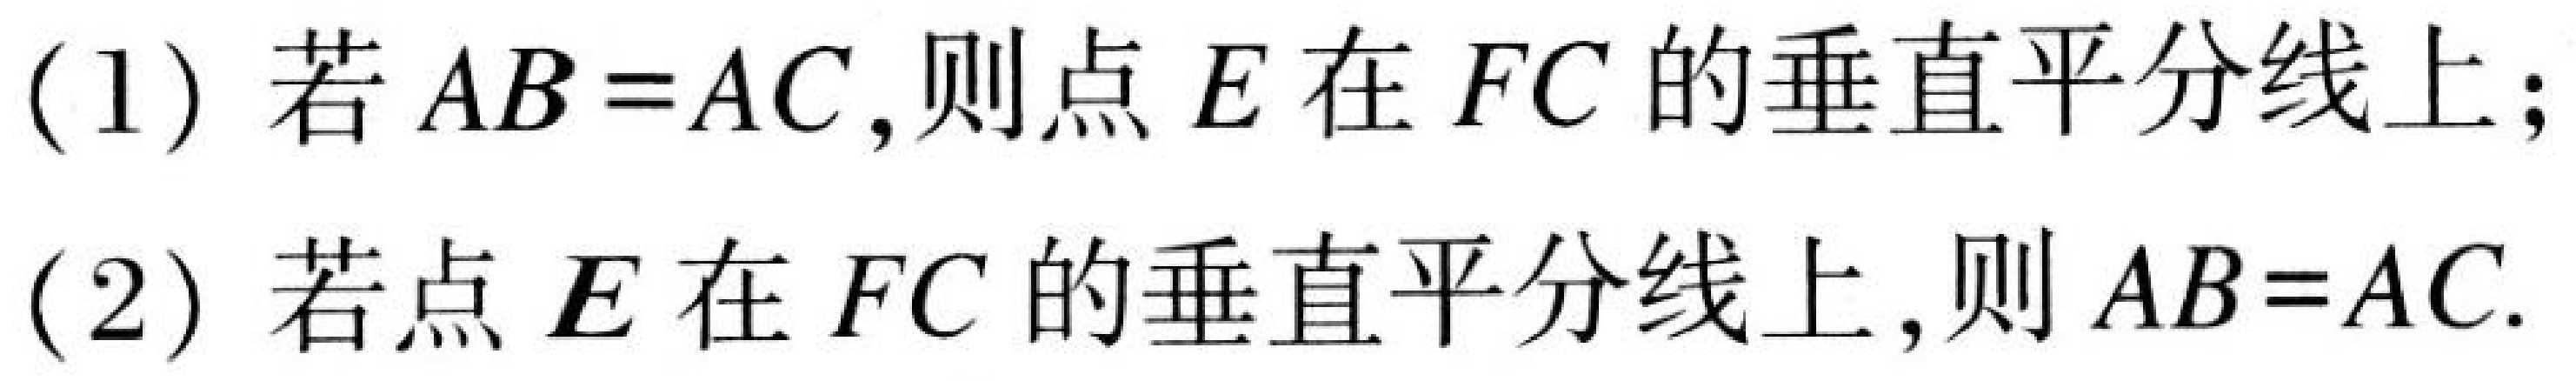
(1) 若 \(AB = AC\),则点 \(E\) 在 \(FC\) 的垂直平分线上；
(2) 若点 \(E\) 在 \(FC\) 的垂直平分线上,则 \(AB = AC\).